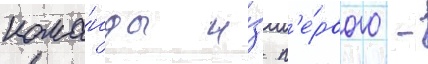
кома́нды и́з п'е́рвого -